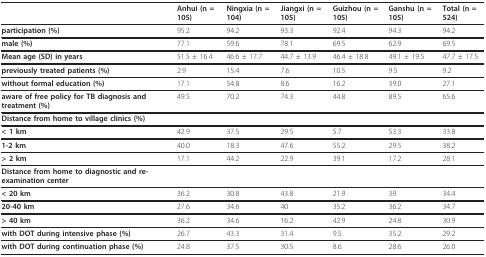
|  | Anhui (n = 105) | Ningxia (n = 104) | Jiangxi (n = 105) | Guizhou (n = 105) | Ganshu (n = 105) | Total (n = 524) |
 | --- | --- | --- | --- | --- | --- | --- |
 | participation (%) | 95.2 | 94.2 | 93.3 | 92.4 | 94.3 | 94.2 |
 | male (%) | 77.1 | 59.6 | 78.1 | 69.5 | 62.9 | 69.5 |
 | Mean age (SD) in years | 51.5 ± 16.4 | 46.6 ± 17.7 | 44.7 ± 13.9 | 46.4 ± 18.8 | 49.1 ± 19.5 | 47.7 ± 17.5 |
 | previously treated patients (%) | 2.9 | 15.4 | 7.6 | 10.5 | 9.5 | 9.2 |
 | without formal education (%) | 17.1 | 54.8 | 8.6 | 16.2 | 39.0 | 27.1 |
 | aware of free policy for TB diagnosis and treatment (%) | 49.5 | 70.2 | 74.3 | 44.8 | 89.5 | 65.6 |
 | Distance from home to village clinics (%) |  |  |  |  |  |  |
 | < 1 km | 42.9 | 37.5 | 29.5 | 5.7 | 53.3 | 33.8 |
 | 1-2 km | 40.0 | 18.3 | 47.6 | 55.2 | 29.5 | 38.2 |
 | > 2 km | 17.1 | 44.2 | 22.9 | 39.1 | 17.2 | 28.1 |
 | Distance from home to diagnostic and re-examination center |  |  |  |  |  |  |
 | < 20 km | 36.2 | 30.8 | 43.8 | 21.9 | 39 | 34.4 |
 | 20-40 km | 27.6 | 34.6 | 40 | 35.2 | 36.2 | 34.7 |
 | > 40 km | 36.2 | 34.6 | 16.2 | 42.9 | 24.8 | 30.9 |
 | with DOT during intensive phase (%) | 26.7 | 43.3 | 31.4 | 9.5 | 35.2 | 29.2 |
 | with DOT during continuation phase (%) | 24.8 | 37.5 | 30.5 | 8.6 | 28.6 | 26.0 |